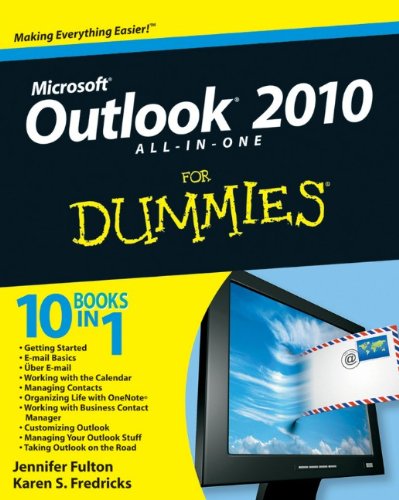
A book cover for Outlook 2010 All-in-One For Dummies; Jennifer Fulton; Computers & Technology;